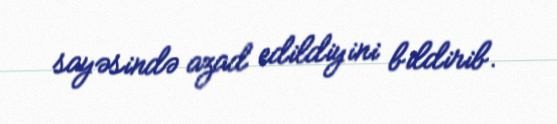
sayəsində azad edildiyini bildirib.